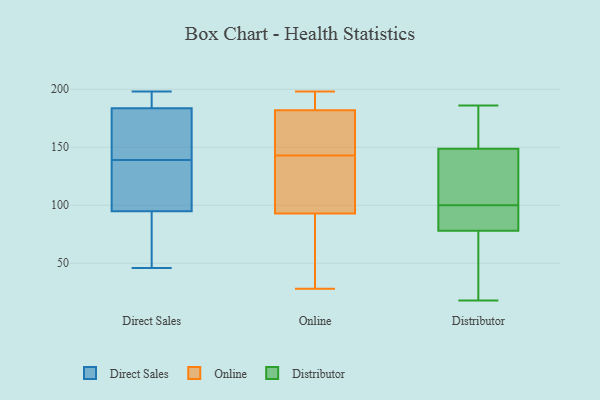
{"axis": {"x": "Shipments", "y": "Value"}, "legend": ["Direct Sales", "Distributor", "Online"], "data": [{"x": "", "y": 196, "type": "Direct Sales"}, {"x": "", "y": 100, "type": "Direct Sales"}, {"x": "", "y": 93, "type": "Direct Sales"}, {"x": "", "y": 190, "type": "Direct Sales"}, {"x": "", "y": 198, "type": "Direct Sales"}, {"x": "", "y": 180, "type": "Direct Sales"}, {"x": "", "y": 89, "type": "Direct Sales"}, {"x": "", "y": 111, "type": "Direct Sales"}, {"x": "", "y": 90, "type": "Direct Sales"}, {"x": "", "y": 78, "type": "Direct Sales"}, {"x": "", "y": 158, "type": "Direct Sales"}, {"x": "", "y": 176, "type": "Direct Sales"}, {"x": "", "y": 46, "type": "Direct Sales"}, {"x": "", "y": 168, "type": "Direct Sales"}, {"x": "", "y": 185, "type": "Direct Sales"}, {"x": "", "y": 124, "type": "Direct Sales"}, {"x": "", "y": 189, "type": "Direct Sales"}, {"x": "", "y": 107, "type": "Direct Sales"}, {"x": "", "y": 139, "type": "Direct Sales"}, {"x": "", "y": 182, "type": "Online"}, {"x": "", "y": 56, "type": "Online"}, {"x": "", "y": 179, "type": "Online"}, {"x": "", "y": 28, "type": "Online"}, {"x": "", "y": 126, "type": "Online"}, {"x": "", "y": 131, "type": "Online"}, {"x": "", "y": 192, "type": "Online"}, {"x": "", "y": 197, "type": "Online"}, {"x": "", "y": 65, "type": "Online"}, {"x": "", "y": 147, "type": "Online"}, {"x": "", "y": 160, "type": "Online"}, {"x": "", "y": 123, "type": "Online"}, {"x": "", "y": 172, "type": "Online"}, {"x": "", "y": 34, "type": "Online"}, {"x": "", "y": 190, "type": "Online"}, {"x": "", "y": 198, "type": "Online"}, {"x": "", "y": 139, "type": "Online"}, {"x": "", "y": 93, "type": "Online"}, {"x": "", "y": 186, "type": "Distributor"}, {"x": "", "y": 176, "type": "Distributor"}, {"x": "", "y": 33, "type": "Distributor"}, {"x": "", "y": 183, "type": "Distributor"}, {"x": "", "y": 83, "type": "Distributor"}, {"x": "", "y": 142, "type": "Distributor"}, {"x": "", "y": 56, "type": "Distributor"}, {"x": "", "y": 81, "type": "Distributor"}, {"x": "", "y": 147, "type": "Distributor"}, {"x": "", "y": 93, "type": "Distributor"}, {"x": "", "y": 18, "type": "Distributor"}, {"x": "", "y": 105, "type": "Distributor"}, {"x": "", "y": 100, "type": "Distributor"}, {"x": "", "y": 69, "type": "Distributor"}, {"x": "", "y": 154, "type": "Distributor"}, {"x": "", "y": 94, "type": "Distributor"}, {"x": "", "y": 115, "type": "Distributor"}]}